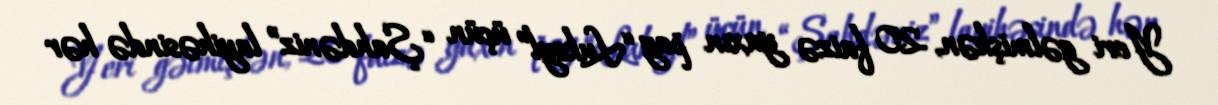
Yeri gəlmişkən, 20 faizə yaxın pay “Lukoyl” üçün “Şahdəniz” layihəsində hər